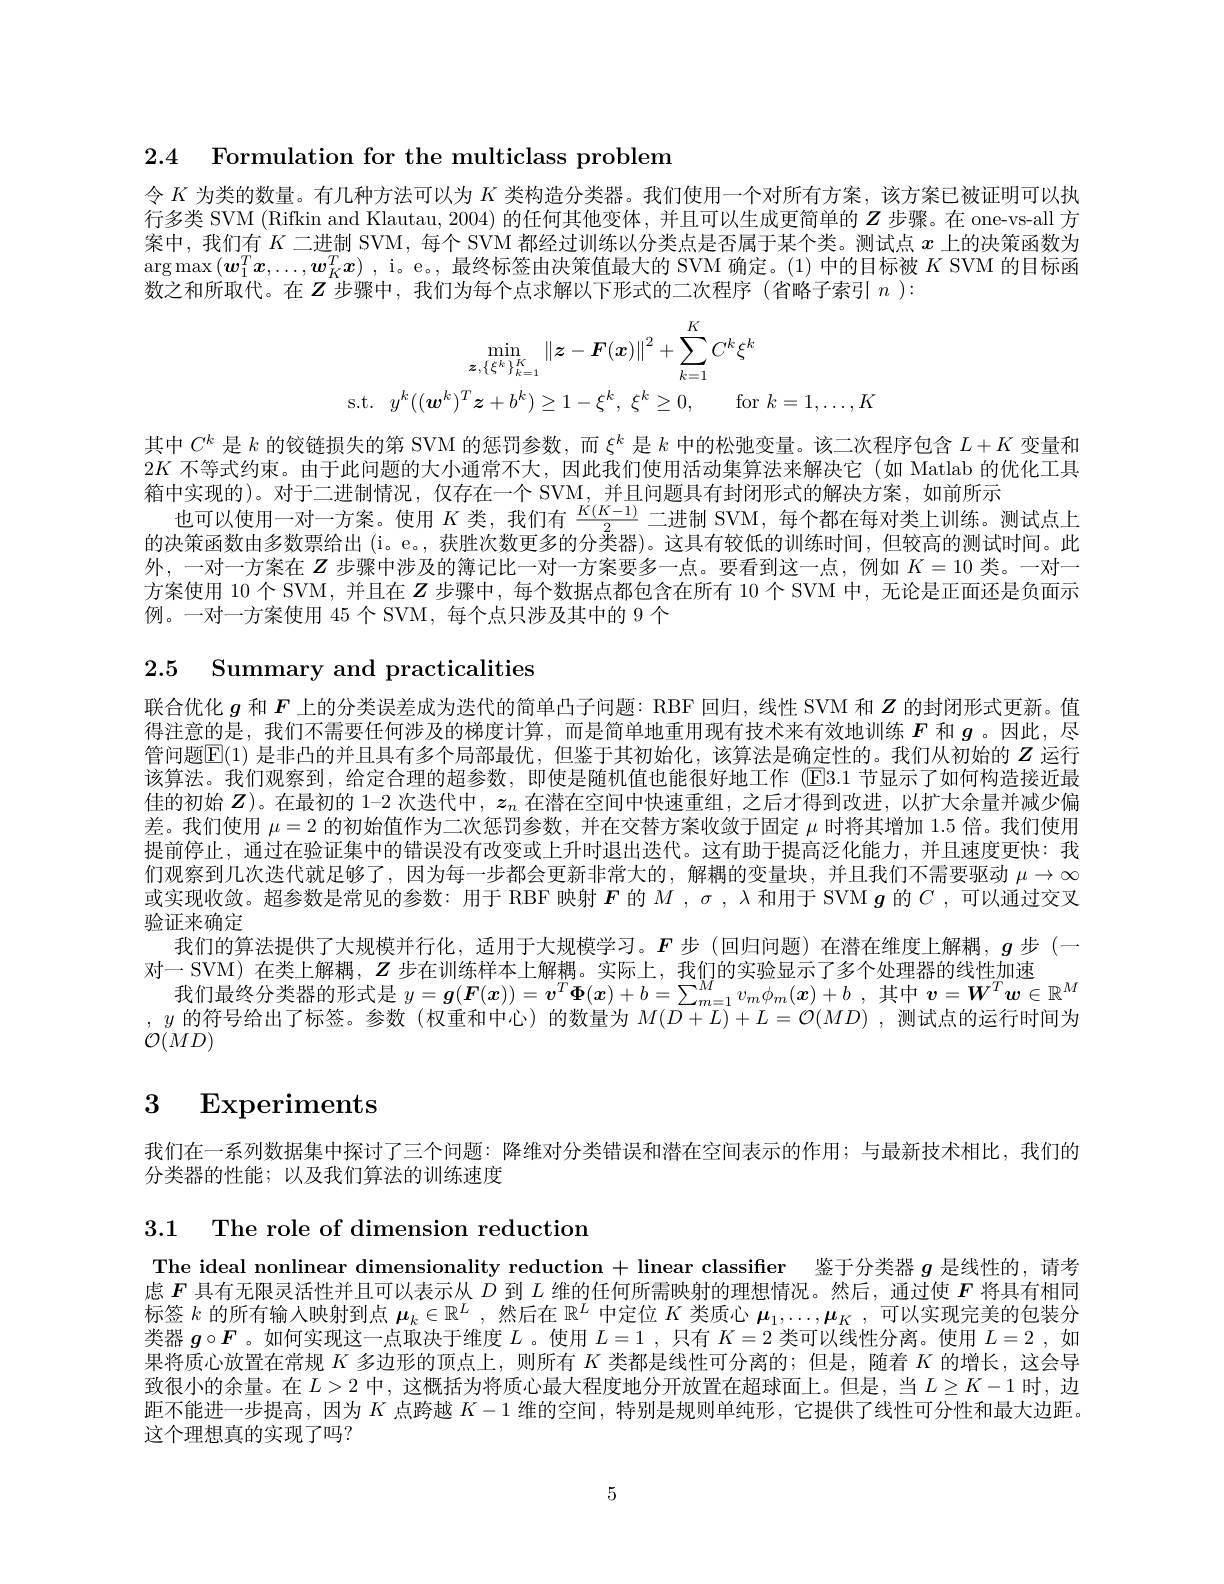
2.4 Formulation for the multiclass problem

令$K$为类的数量。有几种方法可以为$K$类构造分类器。我们使用一个对所有方案，该方案已被证明可以执行多类 SVM (Rifkin and Klautau, 2004) 的任何其他变体，并且可以生成更简单的$Z$步骤。在 one-vs-all 方案中，我们有$K$二进制 SVM, 每个 SVM 都经过训练以分类点是否属于某个类。测试点$x$上的决策函数为$\arg\max\left(\boldsymbol{w}_1^T\boldsymbol{x},\ldots,\boldsymbol{w}_K^T\boldsymbol{x}\right)$, i。e。, 最终标签由决策值最大的 SVM 确定。(1) 中的目标被$K$ SVM 的目标函数之和所取代。在$Z$步骤中，我们为每个点求解以下形式的二次程序 (省略子索引$n):$
$$\min_{\boldsymbol{z},\{\xi^{k}\}_{k=1}^{K}}\left\|\boldsymbol{z}-\boldsymbol{F}(\boldsymbol{x})\right\|^{2}+\sum_{k=1}^{K}C^{k}\xi^{k}\\\mathrm{s.t.}\quad y^{k}((\boldsymbol{w}^{k})^{T}\boldsymbol{z}+b^{k})\geq1-\xi^{k},\:\xi^{k}\geq0,\quad\mathrm{for}\:k=1,\ldots,K$$
其中$C^k$是$k$的铰链损失的第 SVM 的惩罚参数，而$\xi^k$是$k$中的松弛变量。该二次程序包含$L+K$变量和$2K$不等式约束。由于此问题的大小通常不大，因此我们使用活动集算法来解决它(如 Matlab 的优化工具箱中实现的)。对于二进制情况，仅存在一个 SVM,并且问题具有封闭形式的解决方案，如前所示
也可以使用一对一方案。使用$K$类，我们有$\frac{K(K-1)}2$二进制 SVM,每个都在每对类上训练。测试点上的决策函数由多数票给出(i。e。, 获胜次数更多的分类器)。这具有较低的训练时间，但较高的测试时间。此外，一对一方案在$Z$步骤中涉及的簿记比一对一方案要多一点。要看到这一点，例如$K=10$类。一对一方案使用 10 个 SVM, 并且在$Z$步骤中，每个数据点都包含在所有 10 个 SVM 中，无论是正面还是负面示例。一对一方案使用 45 个 SVM, 每个点只涉及其中的 9 个

2.5 Summary and practicalities

联合优化$g$和$F$上的分类误差成为迭代的简单凸子问题：RBF 回归，线性 SVM 和$Z$的封闭形式更新。值得注意的是，我们不需要任何涉及的梯度计算，而是简单地重用现有技术来有效地训练$F$和$g$ 。因此，尽管问题$\mathbb{E}(1)$是非凸的并且具有多个局部最优，但鉴于其初始化，该算法是确定性的。我们从初始的$Z$运行该算法。我们观察到，给定合理的超参数，即使是随机值也能很好地工作 (E3.1 节显示了如何构造接近最佳的初始$\boldsymbol{Z}$)。在最初的 1-2 次迭代中，$\boldsymbol{z}_n$在潜在空间中快速重组，之后才得到改进，以扩大余量并减少偏差。我们使用$\mu=2$的初始值作为二次惩罚参数，并在交替方案收敛于固定$\mu$时将其增加 1.5 倍。我们使用提前停止，通过在验证集中的错误没有改变或上升时退出迭代。这有助于提高泛化能力，并且速度更快：我们观察到几次迭代就足够了，因为每一步都会更新非常大的，解耦的变量块，并且我们不需要驱动$\mu\to\infty$ 或实现收敛。超参数是常见的参数：用于 RBF 映射$F$的$M,\sigma,\lambda$和用于 SVM $g$的$C$ ,可以通过交叉验证来确定
我们的算法提供了大规模并行化，适用于大规模学习。$\boldsymbol{F}$步 (回归问题)在潜在维度上解耦，$\boldsymbol{g}$步 (一
对一 SVM) 在类上解耦，$Z$步在训练样本上解耦。实际上，我们的实验显示了多个处理器的线性加速
我们最终分类器的形式是$y=\boldsymbol{g}(\boldsymbol{F}(x))=\boldsymbol{v}^T\boldsymbol{\Phi}(\boldsymbol{x})+b=\sum_{m=1}^Mv_m\phi_m(\boldsymbol{x})+b$,其中$v=\boldsymbol{W}^T\boldsymbol{w}\in\mathbb{R}^M$ $,y$的符号给出了标签。参数 (权重和中心)的数量为$M(D+L)+L=\mathcal{O}(MD)$ ,测试点的运行时间为${\mathcal O}(MD)$

# 3 Experiments

我们在一系列数据集中探讨了三个问题：降维对分类错误和潜在空间表示的作用；与最新技术相比，我们的
分类器的性能；以及我们算法的训练速度

3.1 The role of dimension reduction

The ideal nonlinear dimensionality reduction + linear classifier 鉴于分类器$g$是线性的，请考虑$F$具有无限灵活性并且可以表示从$D$到$L$维的任何所需映射的理想情况。然后，通过使$F$将具有相同标签$k$的所有输入映射到点$\boldsymbol{\mu}_k\in\mathbb{R}^L$ ,然后在$\mathbb{R}^L$中定位$K$类质心$\boldsymbol{\mu}_1,\ldots,\boldsymbol{\mu}_K$,可以实现完美的包装分类器$g\circ F$ 。如何实现这一点取决于维度$L$ 。使用$L=1$ ,只有$K=2$类可以线性分离。使用$L=2$ ,如果将质心放置在常规$K$多边形的顶点上，则所有$K$类都是线性可分离的；但是，随着$K$的增长，这会导致很小的余量。在$L>2$中，这概括为将质心最大程度地分开放置在超球面上。但是，当$L\geq K-1$时，边距不能进一步提高，因为$K$点跨越$K-1$维的空间，特别是规则单纯形，它提供了线性可分性和最大边距。这个理想真的实现了吗？

5